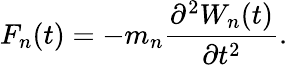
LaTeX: F_{n}(t)=-m_{n}\frac{\partial^{2}W_{n}(t)}{\partial t^{2}}.